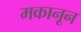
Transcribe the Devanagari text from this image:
मकानून